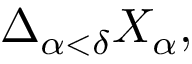
\displaystyle \Delta _ { \alpha < \delta } X _ { \alpha } ,